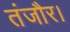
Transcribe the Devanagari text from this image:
तंजौर।